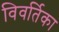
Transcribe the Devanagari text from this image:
विवर्तिका